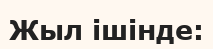
Жыл ішінде: